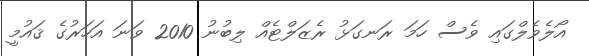
އޯލެވެލްގައި ވެސް ހަމަ ރަނގަޅު ރެޒަލްޓެއް ލިބުނު 2010 ވަނަ އަހަރުގެ ޤައުމީ